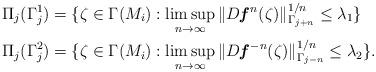
LaTeX: \begin{align*} \Pi_{j} (\Gamma_{j}^{1}) &= \{ \zeta\in \Gamma(M_{i}): \limsup_{n\rightarrow \infty} \Vert D\textbf{\textit{f}}^{n}(\zeta)\Vert_{\Gamma_{j+n}} ^{1/n}\leq \lambda_{1}\}\\\Pi_{j} (\Gamma_{j}^{2}) &= \{ \zeta\in \Gamma(M_{i}): \limsup_{n\rightarrow \infty} \Vert D\textbf{\textit{f}}^{-n}(\zeta)\Vert_{\Gamma_{j-n}} ^{1/n}\leq \lambda_{2}\}.\end{align*}